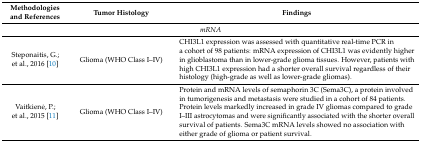
<table><thead><tr><td><b>Methodologies and References</b></td><td><b>Tumor Histology</b></td><td><b>Findings</b></td></tr></thead><tbody><tr><td colspan="3"><i>mRNA</i></td></tr><tr><td>Steponaitis, G.; et al., 2016 [10]</td><td>Glioma (WHO Class I–IV)</td><td>CHI3L1 expression was assessed with quantitative real-time PCR in a cohort of 98 patients: mRNA expression of CHI3L1 was evidently higher in glioblastoma than in lower-grade glioma tissues. However, patients with high CHI3L1 expression had a shorter overall survival regardless of their histology (high-grade as well as lower-grade gliomas).</td></tr><tr><td>Vaitkienė, P.; et al., 2015 [11]</td><td>Glioma (WHO Class I–IV)</td><td>Protein and mRNA levels of semaphorin 3C (Sema3C), a protein involved in tumorigenesis and metastasis were studied in a cohort of 84 patients. Protein levels markedly increased in grade IV gliomas compared to grade I–III astrocytomas and were significantly associated with the shorter overall survival of patients. Sema3C mRNA levels showed no association with either grade of glioma or patient survival. </td></tr></tbody></table>